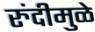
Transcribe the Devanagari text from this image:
रुंदीमुळे